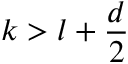
k > l + \frac { d } { 2 }